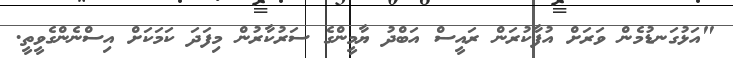
"އަޅުގަނޑުމެން ވަރަށް އުފާކުރަން ރައީސް އަބްދު ޔާމީންގެ ސަރުކާރުން މިފަދަ ކަމަކަށް އިސްނެންގެވީތީ.